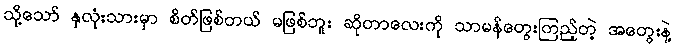
သို့သော် နှလုံးသားမှာ စိတ်ဖြစ်တယ် မဖြစ်ဘူး ဆိုတာလေးကို သာမန်တွေးကြည့်တဲ့ အတွေးနဲ့